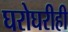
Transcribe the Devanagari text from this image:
घरोघरीही